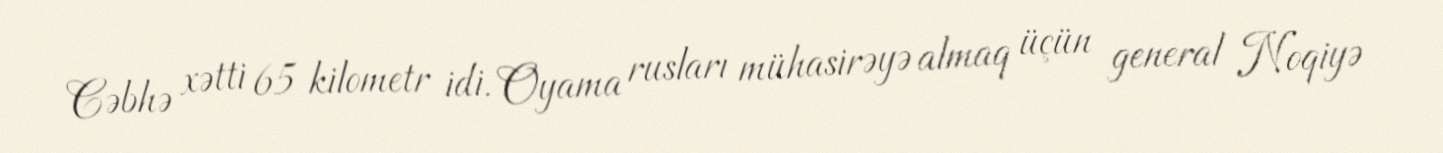
Cəbhə xətti 65 kilometr idi. Oyama rusları mühasirəyə almaq üçün general Noqiyə